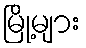
မြို့များ